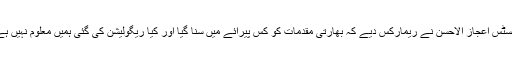
جسٹس اعجاز الاحسن نے ریمارکس دیے کہ بھارتی مقدمات کو کس پیرائے میں سنا گیا اور کیا ریگولیشن کی گئی ہمیں معلوم نہیں ہے۔